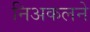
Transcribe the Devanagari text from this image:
निअकलने